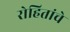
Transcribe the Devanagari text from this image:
रोहितांचे